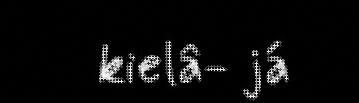
kielâ- já